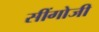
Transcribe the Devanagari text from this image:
सींगोजी